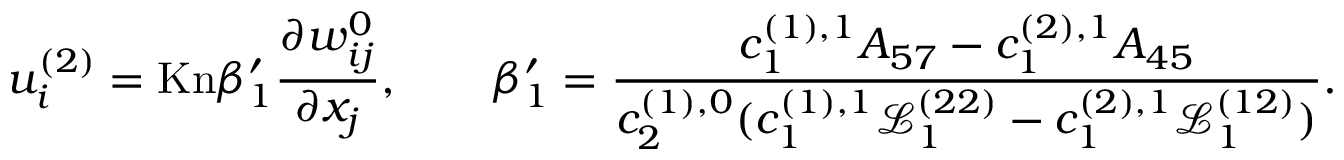
u _ { i } ^ { ( 2 ) } = \mathrm { K n } \beta _ { 1 } ^ { \prime } \frac { \partial w _ { i j } ^ { 0 } } { \partial x _ { j } } , \qquad \beta _ { 1 } ^ { \prime } = \frac { c _ { 1 } ^ { ( 1 ) , 1 } A _ { 5 7 } - c _ { 1 } ^ { ( 2 ) , 1 } A _ { 4 5 } } { c _ { 2 } ^ { ( 1 ) , 0 } ( c _ { 1 } ^ { ( 1 ) , 1 } \mathscr { L } _ { 1 } ^ { ( 2 2 ) } - c _ { 1 } ^ { ( 2 ) , 1 } \mathscr { L } _ { 1 } ^ { ( 1 2 ) } ) } .